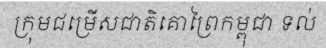
ក្រុមជម្រើសជាតិគោព្រៃកម្ពុជា ទល់